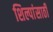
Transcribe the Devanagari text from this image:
शिल्पांसाठी